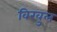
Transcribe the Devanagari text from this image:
विखुल